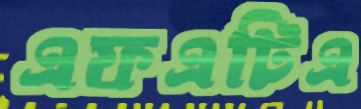
এফএটিএ